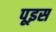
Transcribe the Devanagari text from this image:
पूइस